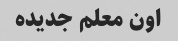
اون معلم جدیده